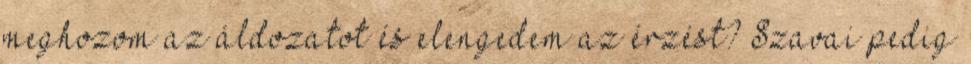
meghozom az áldozatot és elengedem az érzést? Szavai pedig